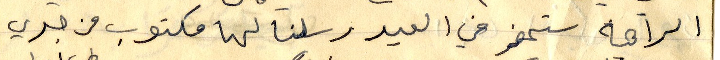
الراهبة ستحضر في العيد رسلنا لها مكتوب من جدي